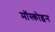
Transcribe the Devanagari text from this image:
मॉस्कोइन